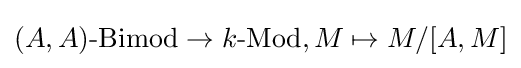
(A,A){\text{-Bimod}}\to k{\text{-Mod}},M\mapsto M/[A,M]